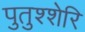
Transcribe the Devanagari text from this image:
पुतुश्शेरि